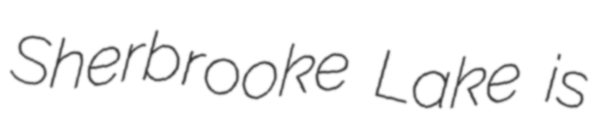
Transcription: Sherbrooke Lake is